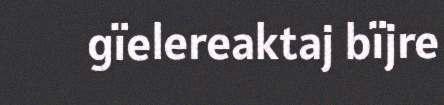
gïelereaktaj bïjre